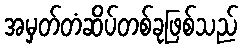
အမှတ်တံဆိပ်တစ်ခုဖြစ်သည်